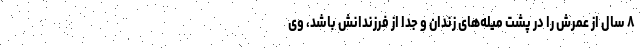
۸ سال از عمرش را در پشت میله‌های زندان و جدا از فرزندانش باشد، وی